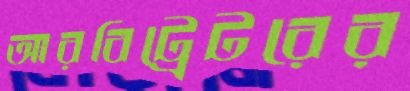
আরবিট্রেটরের